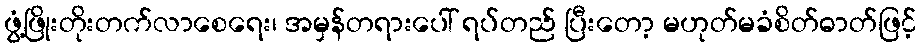
ဖွံ့ဖြိုးတိုးတက်လာစေရေး၊ အမှန်တရားပေါ် ရပ်တည် ပြီးတော့ မဟုတ်မခံစိတ်ဓာတ်ဖြင့်